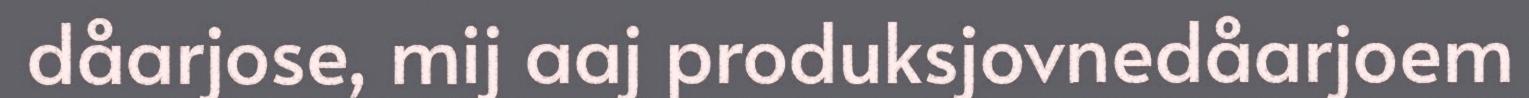
dåarjose, mij aaj produksjovnedåarjoem